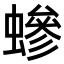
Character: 𧑁